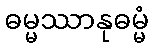
ဓမ္မဿာနုဓမ္မံ